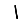
Digit: 1